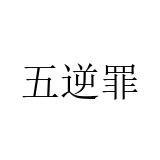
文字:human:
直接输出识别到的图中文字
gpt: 五逆罪